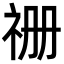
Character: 𮁧